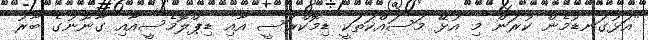
"އަޅުގަނޑުމެން ކުރަން މި އުޅޭ މަސައްކަތަކީ ޑިމޮކްރަސީ އާއި ޑިޕްލޮމެސީއާއި ގާނޫނުގެ ބާރު